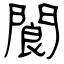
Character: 閬